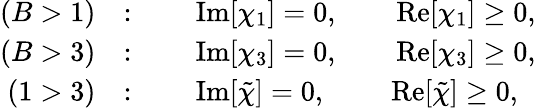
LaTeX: \begin{array}{rl}{(B>1)}&{:\qquad\mathrm{Im}[\chi_{1}]=0,\qquad\mathrm{Re}[\chi_{1}]\geq 0,}\\ {(B>3)}&{:\qquad\mathrm{Im}[\chi_{3}]=0,\qquad\mathrm{Re}[\chi_{3}]\geq 0,}\\ {(1>3)}&{:\qquad\mathrm{Im}[\tilde{\chi}]=0,\qquad~\mathrm{Re}[\tilde{\chi}]\geq 0,}\end{array}